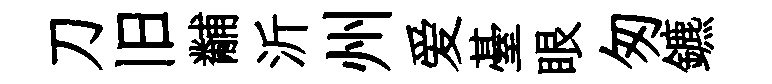
刀旧黼沂州爱䑓眼匆鑣